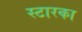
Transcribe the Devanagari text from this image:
स्टारका